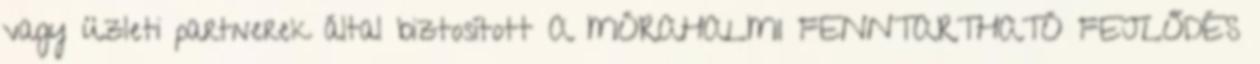
vagy üzleti partnerek által biztosított A MÓRAHALMI FENNTARTHATÓ FEJLŐDÉS